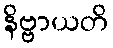
နိဗ္ဗာယတိ